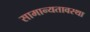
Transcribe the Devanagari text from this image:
सामान्यतावस्था